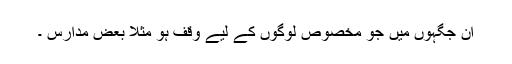
ان جگہوں میں جو مخصوص لوگوں کے لیے وقف ہو مثلاً بعض مدارس ۔